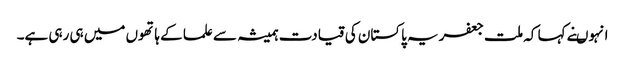
انہوںنے کہا کہ ملت جعفریہ پاکستان کی قیادت ہمیشہ سے علما کے ہاتھوں میں ہی رہی ہے۔